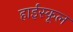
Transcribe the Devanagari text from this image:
हार्इस्कूल